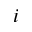
i